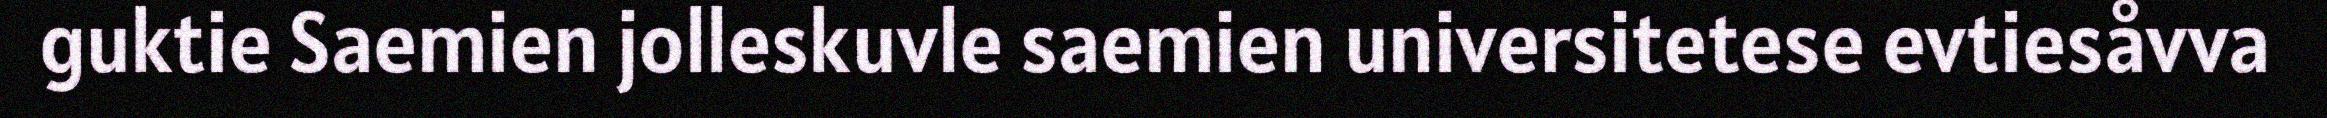
guktie Saemien jolleskuvle saemien universitetese evtiesåvva